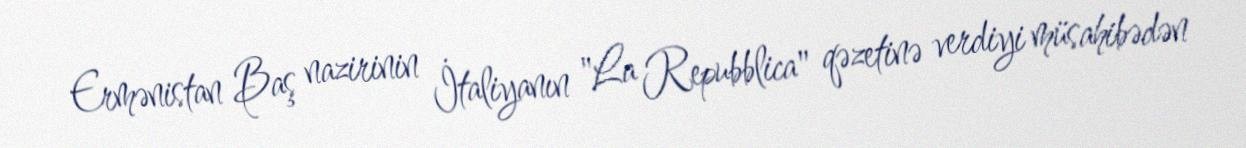
Ermənistan Baş nazirinin İtaliyanın "La Repubblica" qəzetinə verdiyi müsahibədən